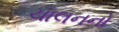
ચાલનનો